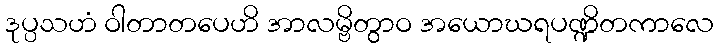
ဒုပ္ပသဟံ ဝါတာတပေဟိ အာလမ္ဗိတွာဝ အယောဃရပဏ္ဍိတကာလေ